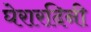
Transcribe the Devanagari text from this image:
घेरारदिनी